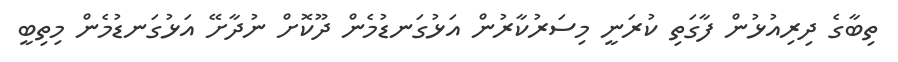
ތިބާގެ ދިރިއުޅުން ފާގަތި ކުރަނީ މިސަރުކާރުން އަޅުގަނޑުމެން ދޫކޮށް ނުދާށޭ އަޅުގަނޑުމެން މިތިބީ